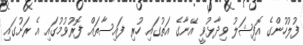
ފުލުހުންގެ އޮފިޝަލު ވިދާޅުވީ އޭނާގެ އަތުގައި ހުރި ފައިސާތައް ފޮރުވުމުގައި އެ ރަށުގައި